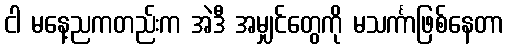
ငါ မနေ့ညကတည်းက အဲဒီ အမျှင်တွေကို မသင်္ကာဖြစ်နေတာ